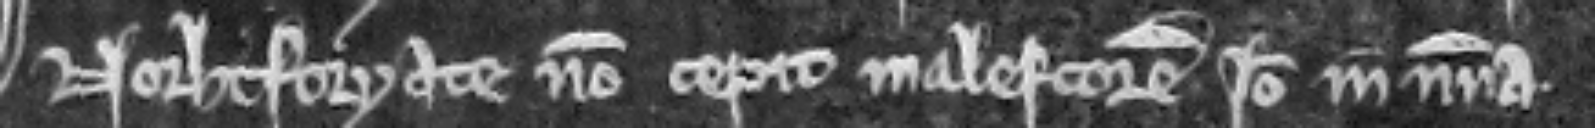
Norhtforyate non cepit malefactores. Ideo in misericordia.